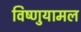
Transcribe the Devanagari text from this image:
विष्णुयामल